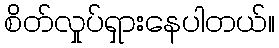
စိတ်လှုပ်ရှားနေပါတယ်။